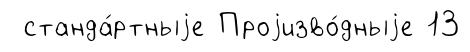
станда́ртныjе Проjизво́дныjе 13